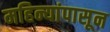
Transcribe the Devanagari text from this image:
महिन्यांपासून